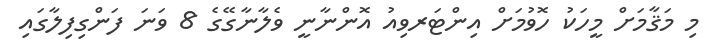
މި މަޤާމަށް މީހަކު ހޮވުމަށް އިންޓަރވިއު އޮންނާނީ ވެލާނާގޭގެ 8 ވަނަ ފަންގިފިލާގައި